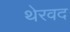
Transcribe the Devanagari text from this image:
थेरवद